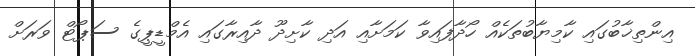
އިންތިޚާބުގައި ކާމިޔާބުތަކެއް ހޯދާފައިވާ ކަމަށާއި އަދި ކާށިދޫ ދާއިރާގައި އެމްޑީޕީގެ ސަޕޯޓް ވަރަށް